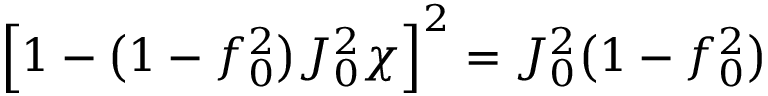
\Big [ 1 - \big ( 1 - f _ { 0 } ^ { 2 } \big ) J _ { 0 } ^ { 2 } \chi \Big ] ^ { 2 } = J _ { 0 } ^ { 2 } \big ( 1 - f _ { 0 } ^ { 2 } \big )